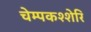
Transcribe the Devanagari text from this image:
चेम्पकश्शेरि